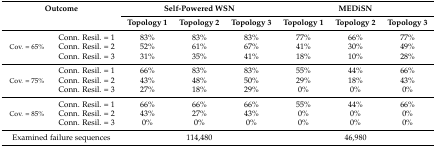
<table><thead><tr><td colspan="2"><b>Outcome</b></td><td colspan="3"><b>Self-Powered WSN</b></td><td colspan="3"><b>MEDiSN</b></td></tr><tr><td colspan="2"></td><td><b>Topology 1</b></td><td><b>Topology 2</b></td><td><b>Topology 3</b></td><td><b>Topology 1</b></td><td><b>Topology 2</b></td><td><b>Topology 3</b></td></tr></thead><tbody><tr><td rowspan="3">Cov. = 65%</td><td>Conn. Resil. = 1</td><td>83%</td><td>83%</td><td>83%</td><td>77%</td><td>66%</td><td>77%</td></tr><tr><td>Conn. Resil. = 2</td><td>52%</td><td>61%</td><td>67%</td><td>41%</td><td>30%</td><td>49%</td></tr><tr><td>Conn. Resil. = 3</td><td>31%</td><td>35%</td><td>41%</td><td>18%</td><td>10%</td><td>28%</td></tr><tr><td rowspan="3">Cov. = 75%</td><td>Conn. Resil. = 1</td><td>66%</td><td>83%</td><td>83%</td><td>55%</td><td>44%</td><td>66%</td></tr><tr><td>Conn. Resil. = 2</td><td>43%</td><td>48%</td><td>50%</td><td>29%</td><td>18%</td><td>43%</td></tr><tr><td>Conn. Resil. = 3</td><td>27%</td><td>18%</td><td>29%</td><td>0%</td><td>0%</td><td>0%</td></tr><tr><td rowspan="3">Cov. = 85%</td><td>Conn. Resil. = 1</td><td>66%</td><td>66%</td><td>66%</td><td>55%</td><td>44%</td><td>66%</td></tr><tr><td>Conn. Resil. = 2</td><td>43%</td><td>27%</td><td>43%</td><td>0%</td><td>0%</td><td>0%</td></tr><tr><td>Conn. Resil. = 3</td><td>0%</td><td>0%</td><td>0%</td><td>0%</td><td>0%</td><td>0%</td></tr><tr><td colspan="2">Examined failure sequences</td><td colspan="3">114,480</td><td colspan="3">46,980</td></tr></tbody></table>